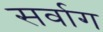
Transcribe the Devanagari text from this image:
सर्वाग